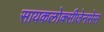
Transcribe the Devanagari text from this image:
सायकलोक्सीजेनसेस